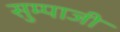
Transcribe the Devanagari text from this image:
सुम्पाजी